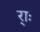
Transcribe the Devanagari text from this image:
र्‍ाः